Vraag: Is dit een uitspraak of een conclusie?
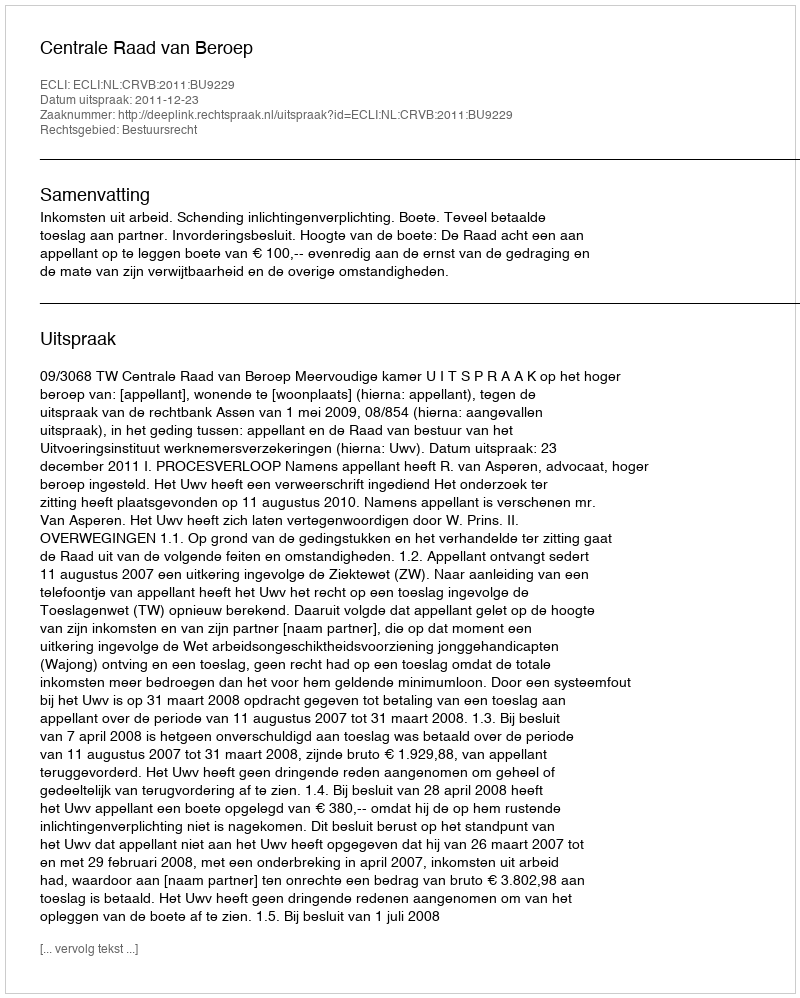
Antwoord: Uitspraak